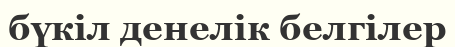
бүкіл денелік белгілер